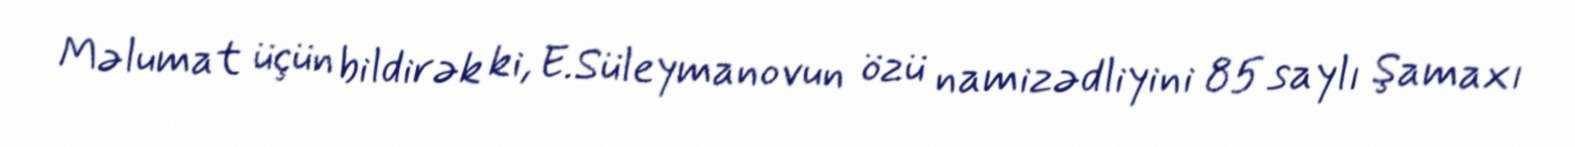
Məlumat üçün bildirək ki, E.Süleymanovun özü namizədliyini 85 saylı Şamaxı